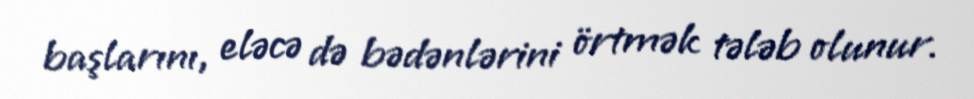
başlarını, eləcə də bədənlərini örtmək tələb olunur.